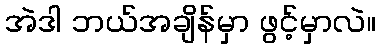
အဲဒါ ဘယ်အချိန်မှာ ဖွင့်မှာလဲ။